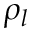
\rho _ { l }